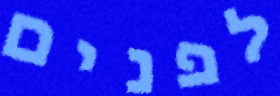
לפנים